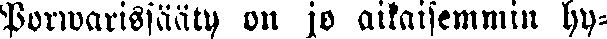
Porwarissääty on jo aikaisemmin hy-